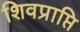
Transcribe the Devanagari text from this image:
शिवप्राप्ति